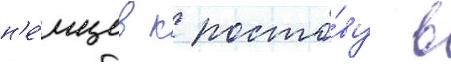
н'е́мцев к росто́ву в